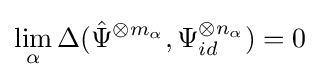
\lim _{\alpha }\Delta ({\hat {\Psi }}^{\otimes m_{\alpha }},\Psi _{id}^{\otimes n_{\alpha }})=0